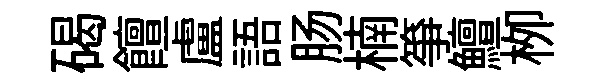
碣饘盧語肠楠箏鱣栁